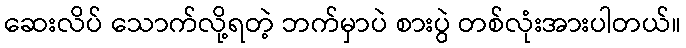
ဆေးလိပ် သောက်လို့ရတဲ့ ဘက်မှာပဲ စားပွဲ တစ်လုံးအားပါတယ်။